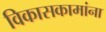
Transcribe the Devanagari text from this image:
विकासकामांना